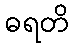
ဓရတိ